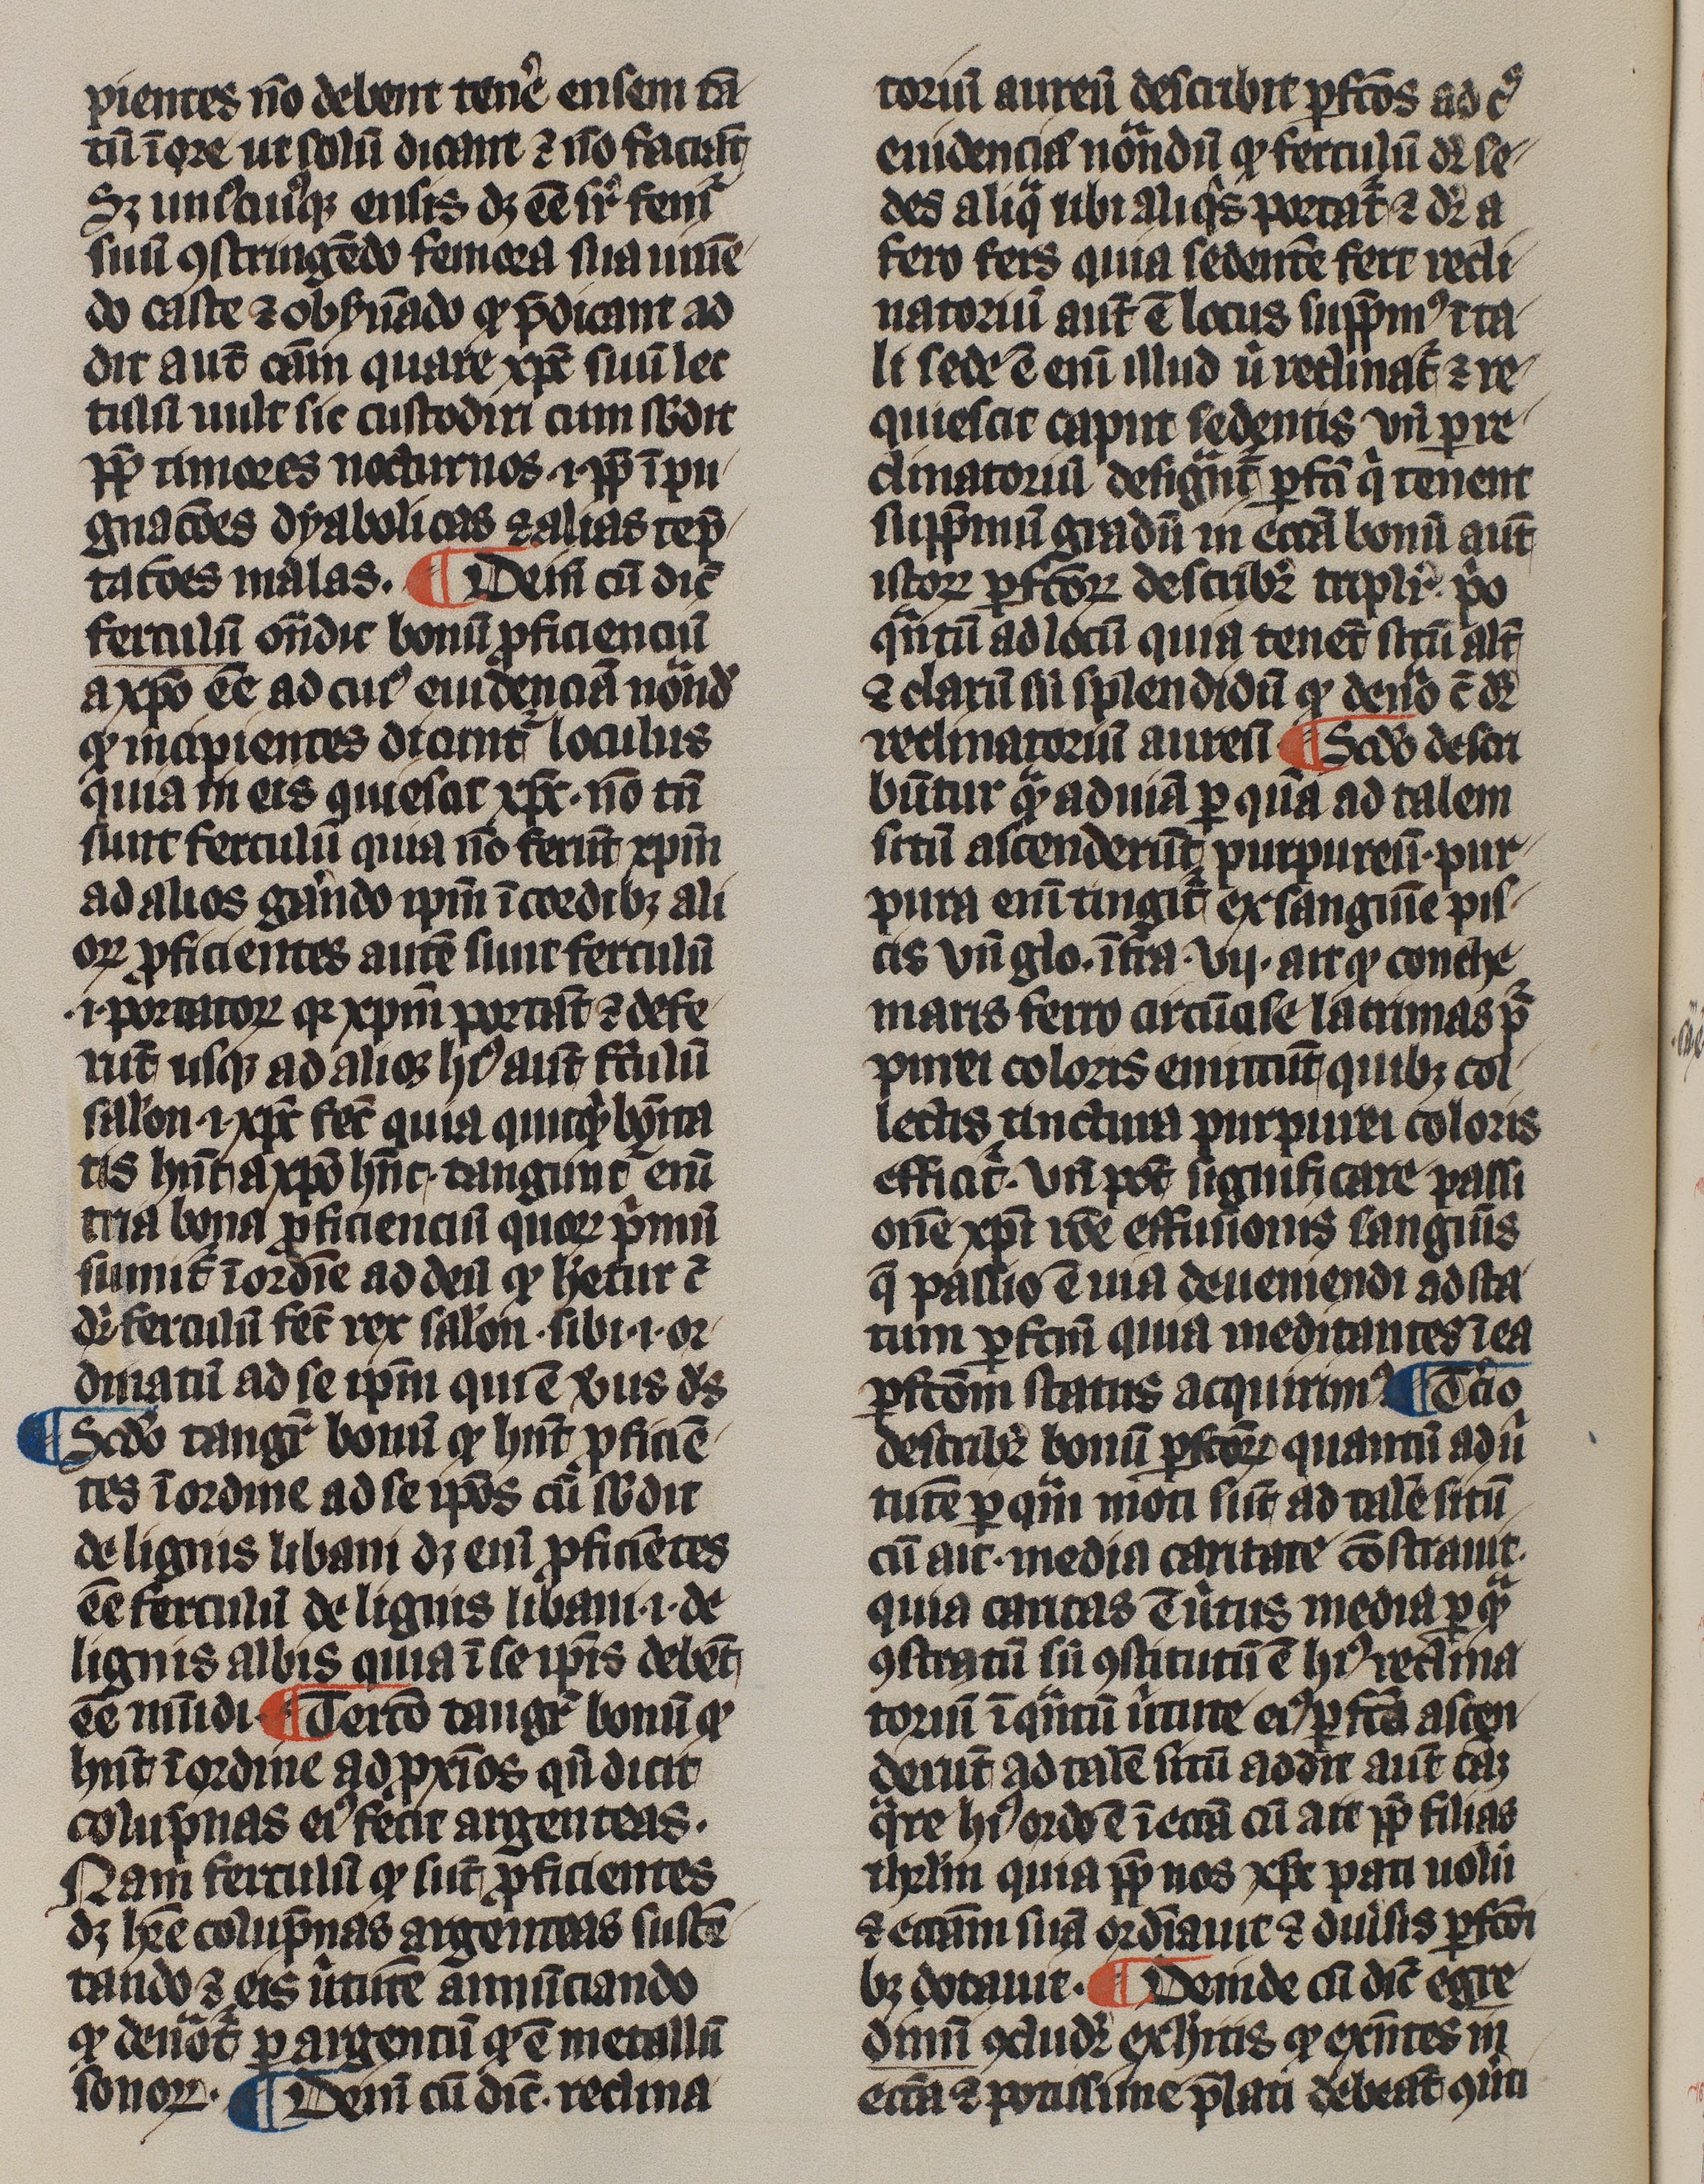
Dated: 1300–1399